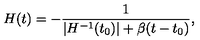
H ( t ) = - { \frac { 1 } { \vert H ^ { - 1 } ( t _ { 0 } ) \vert + \beta ( t - t _ { 0 } ) } } ,